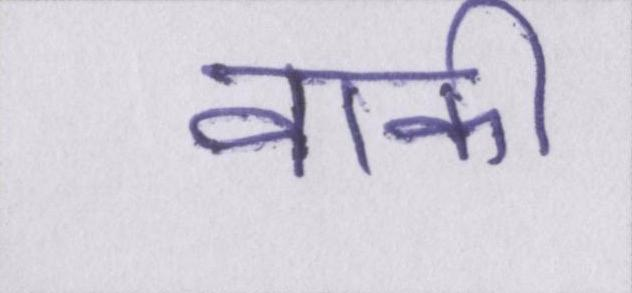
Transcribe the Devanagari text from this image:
वाकी